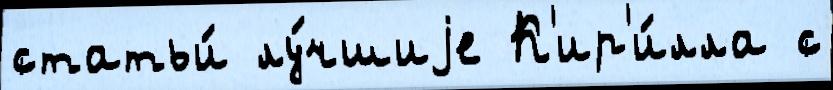
статьи́ лу́чшиjе К'ир'и́лла с